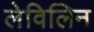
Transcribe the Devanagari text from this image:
लेविलिन